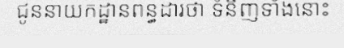
ជូននាយកដ្ឋានពន្ធដារថា ទំនិញទាំងនោះ